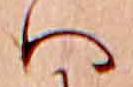
ハ